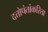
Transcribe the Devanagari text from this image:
दत्तोपंतांकरिता